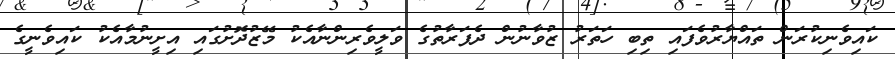
ކައިވެނިކުރަން ތައްޔާރުވެފައި ތިބި ހަތަރު ޒުވާނުން ދެފަރާތުގެ ވަލީވެރިންނާއެކު މޭޒުދޮށުގައި އިށީނުމާއެކު ކައިވެނީގެ